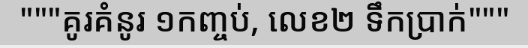
"""គូរគំនូរ ១កញ្ចប់, លេខ២ ទឹកប្រាក់"""